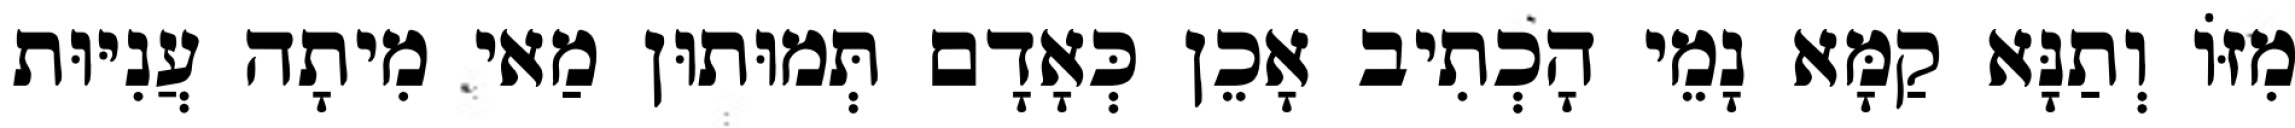
מִזּוֹ וְתַנָּא קַמָּא נָמֵי הָכְתִיב אָכֵן כְּאָדָם תְּמוּתוּן מַאי מִיתָה עֲנִיּוּת